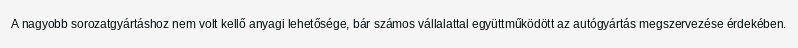
A nagyobb sorozatgyártáshoz nem volt kellő anyagi lehetősége, bár számos vállalattal együttműködött az autógyártás megszervezése érdekében.